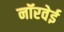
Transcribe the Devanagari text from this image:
नॉरवेई